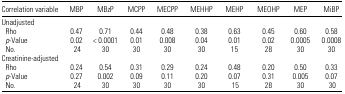
| Correlation variable | MBP | MBzP | MCPP | MECPP | MEHHP | MEHP | MEOHP | MEP | MiBP |
 | --- | --- | --- | --- | --- | --- | --- | --- | --- | --- |
 | <COLSPAN=10> Unadjusted |
 | Rho | 0.47 | 0.71 | 0.44 | 0.48 | 0.38 | 0.63 | 0.45 | 0.60 | 0.58 |
 | p-Value | 0.02 | < 0.0001 | 0.01 | 0.008 | 0.04 | 0.01 | 0.02 | 0.0005 | 0.0008 |
 | No. | 24 | 30 | 30 | 30 | 30 | 15 | 28 | 30 | 30 |
 | <COLSPAN=10> Creatinine-adjusted |
 | Rho | 0.24 | 0.54 | 0.31 | 0.29 | 0.24 | 0.48 | 0.20 | 0.50 | 0.33 |
 | p-Value | 0.27 | 0.002 | 0.09 | 0.11 | 0.20 | 0.07 | 0.31 | 0.005 | 0.07 |
 | No. | 24 | 30 | 30 | 30 | 30 | 15 | 28 | 30 | 30 |